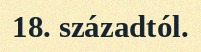
18. századtól.